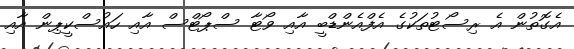
އެގޮތުން އެ ރިސޯޓުތަކުގެ އެފްއެންޑްބީ އާއި ވޯޓާ ސްޕޯޓްސް އާއި ހައުސްކީޕިން އާއި